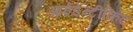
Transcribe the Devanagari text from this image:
आईडेन्टीकिट